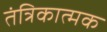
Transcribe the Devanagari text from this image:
तंत्रिकात्मक